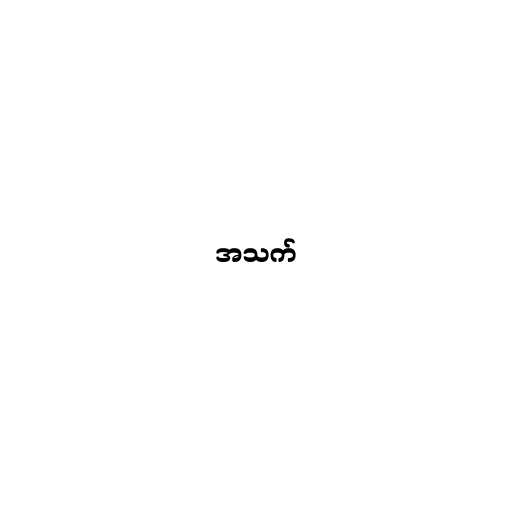
အသက်